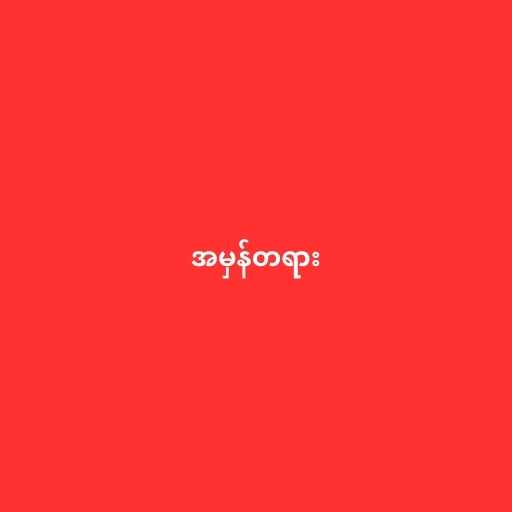
အမှန်တရား